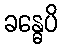
ခန္ဓေပိ